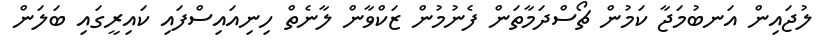
ލުޖައިން އަނބުމަޖާ ކަމުން ޗޯސްދަމާތަން ފެނުމުން ޒަކްވާން ލާނެތް ހިނިއައިސްފައި ކައިރީގައި ބަލަން